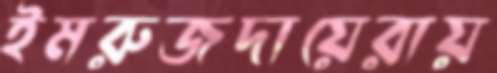
ইমরুজদায়েরায়